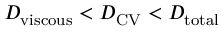
D _ { \mathrm { v i s c o u s } } < D _ { \mathrm { C V } } < D _ { \mathrm { t o t a l } }